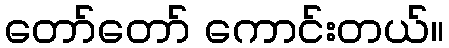
တော်တော် ကောင်းတယ်။